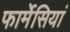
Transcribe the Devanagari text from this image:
फार्मेसियां